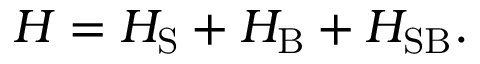
H = H _ { \mathrm { S } } + H _ { \mathrm { B } } + H _ { \mathrm { S B } } .